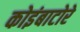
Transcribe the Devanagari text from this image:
कोइंबाटोरे